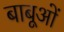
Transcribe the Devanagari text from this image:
बाबूओं